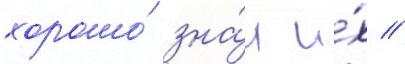
хорошо́ зна́л и́х //